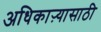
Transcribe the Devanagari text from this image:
अधिकाऱ्यासाठी